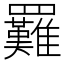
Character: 𦍀